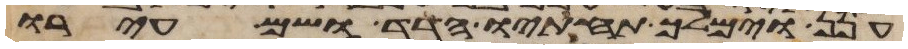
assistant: חנן וימלך תחתיו הדד ושם עירו